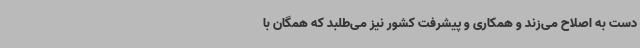
دست به اصلاح می‌زند و همکاری و پیشرفت کشور نیز می‌طلبد که همگان با